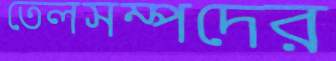
তেলসম্পদের